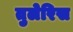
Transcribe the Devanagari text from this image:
तुलेरिस